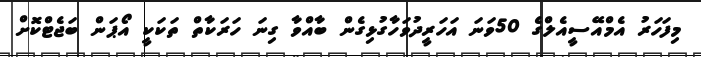
މިފަހަރު އެމްއޭސީއެލްގެ 50ވަނަ އަހަރީދުވަހާގުޅިގެން ބާއްވާ ގިނަ ހަރަކާތް ތަކަކީ އޯޕަން ބަޖެޓްކޮށް